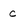
Character: c